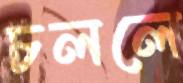
চললে